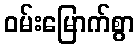
ဝမ်းမြောက်စွာ